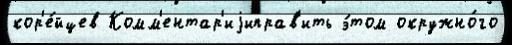
кор'е́йцев Комм'ентар'иjиправ'ить э́том окружно́го